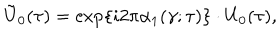
LaTeX: \tilde { \mathrm { U } } _ { 0 } ( \tau ) = \exp \{ i 2 \pi { \alpha } _ { 1 } ( \gamma ; \tau ) \} \cdot \mathrm { U } _ { 0 } ( \tau ) ,